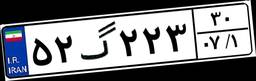
۹۶گ۸۷۲۰۶